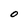
Character: O